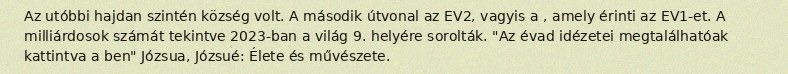
Az utóbbi hajdan szintén község volt. A második útvonal az EV2, vagyis a , amely érinti az EV1-et. A milliárdosok számát tekintve 2023-ban a világ 9. helyére sorolták. "Az évad idézetei megtalálhatóak kattintva a ben" Józsua, Józsué: Élete és művészete.